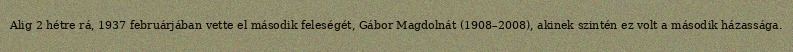
Alig 2 hétre rá, 1937 februárjában vette el második feleségét, Gábor Magdolnát (1908–2008), akinek szintén ez volt a második házassága.